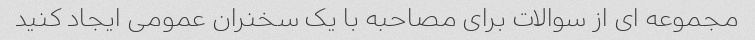
مجموعه ای از سوالات برای مصاحبه با یک سخنران عمومی ایجاد کنید